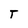
Character: T